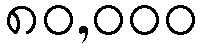
၈၀,၀၀၀